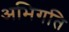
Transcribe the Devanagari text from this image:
अभिगति